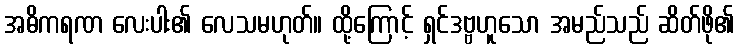
အဓိကရဏ လေးပါး၏ လေသမဟုတ်။ ထို့ကြောင့် ရှင်ဒဗ္ဗဟူသော အမည်သည် ဆိတ်ဖို၏